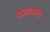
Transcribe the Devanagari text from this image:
परागमय